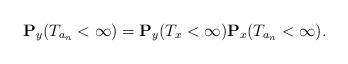
LaTeX: \begin{align*}\mathbf{P}_y(T_{a_n}<\infty)=\mathbf{P}_y(T_x<\infty)\mathbf{P}_x(T_{a_n}<\infty). \end{align*}